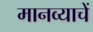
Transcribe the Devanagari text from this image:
मानव्याचें